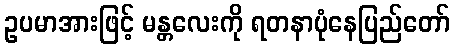
ဥပမာအားဖြင့် မန္တလေးကို ရတနာပုံနေပြည်တော်